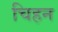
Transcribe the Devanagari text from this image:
चिहन